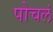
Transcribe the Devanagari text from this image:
पोचलं